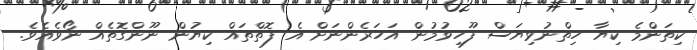
ކިތަންމެ ކިޔާ ހިތްނުވިޔަސް ފޫހިވުމުން އަހަރެންނަށް އެ ފޮތްތައް ކިޔުން ނޫންގޮތެއް ނޯވެއެވެ.